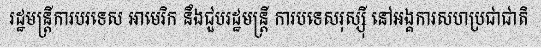
រដ្ឋមន្ត្រីការបរទេស អាមេរិក នឹងជួបរដ្ឋមន្ត្រី ការបទេសរុស្ស៊ី នៅអង្គការសហប្រជាជាតិ